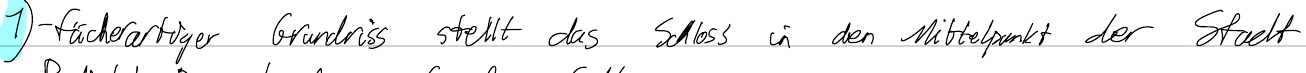
1) - fächerartiger Grundriss stellt das Schloss in den Mittelpunkt der Stadt